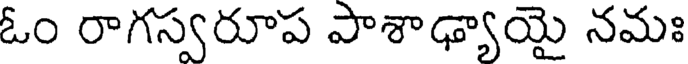
ఓం రాగస్వరూప పాశాఢ్యాయై నమః